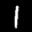
Label: 1